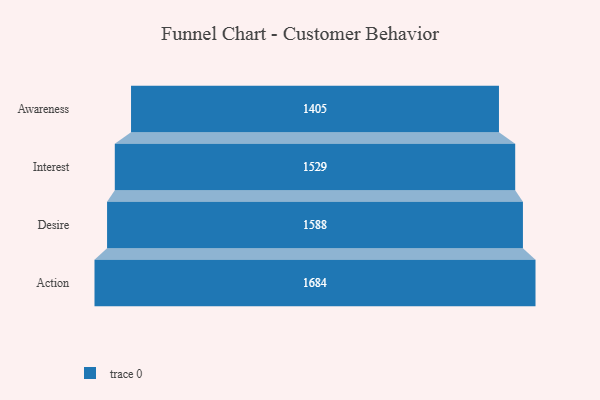
{"axis": {"x": "Stage", "y": "Value"}, "legend": [""], "data": [{"x": "Awareness", "y": 1405.0, "type": ""}, {"x": "Interest", "y": 1529.0, "type": ""}, {"x": "Desire", "y": 1588.0, "type": ""}, {"x": "Action", "y": 1684.0, "type": ""}]}